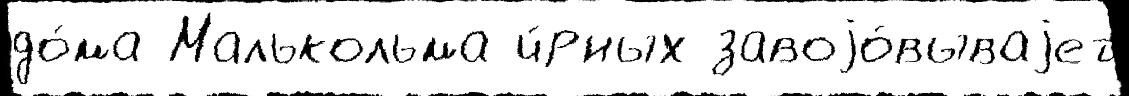
до́ма Малькольма ч́рных завоjо́вываjет